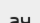
ач